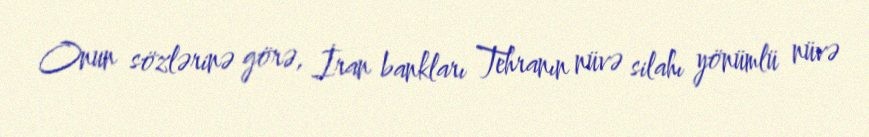
Onun sözlərinə görə, İran bankları Tehranın nüvə silahı yönümlü nüvə